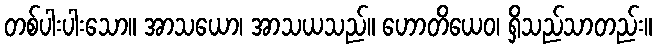
တစ်ပါးပါးသော။ အာသယော၊ အာသယသည်။ ဟောတိယေဝ၊ ရှိသည်သာတည်း။